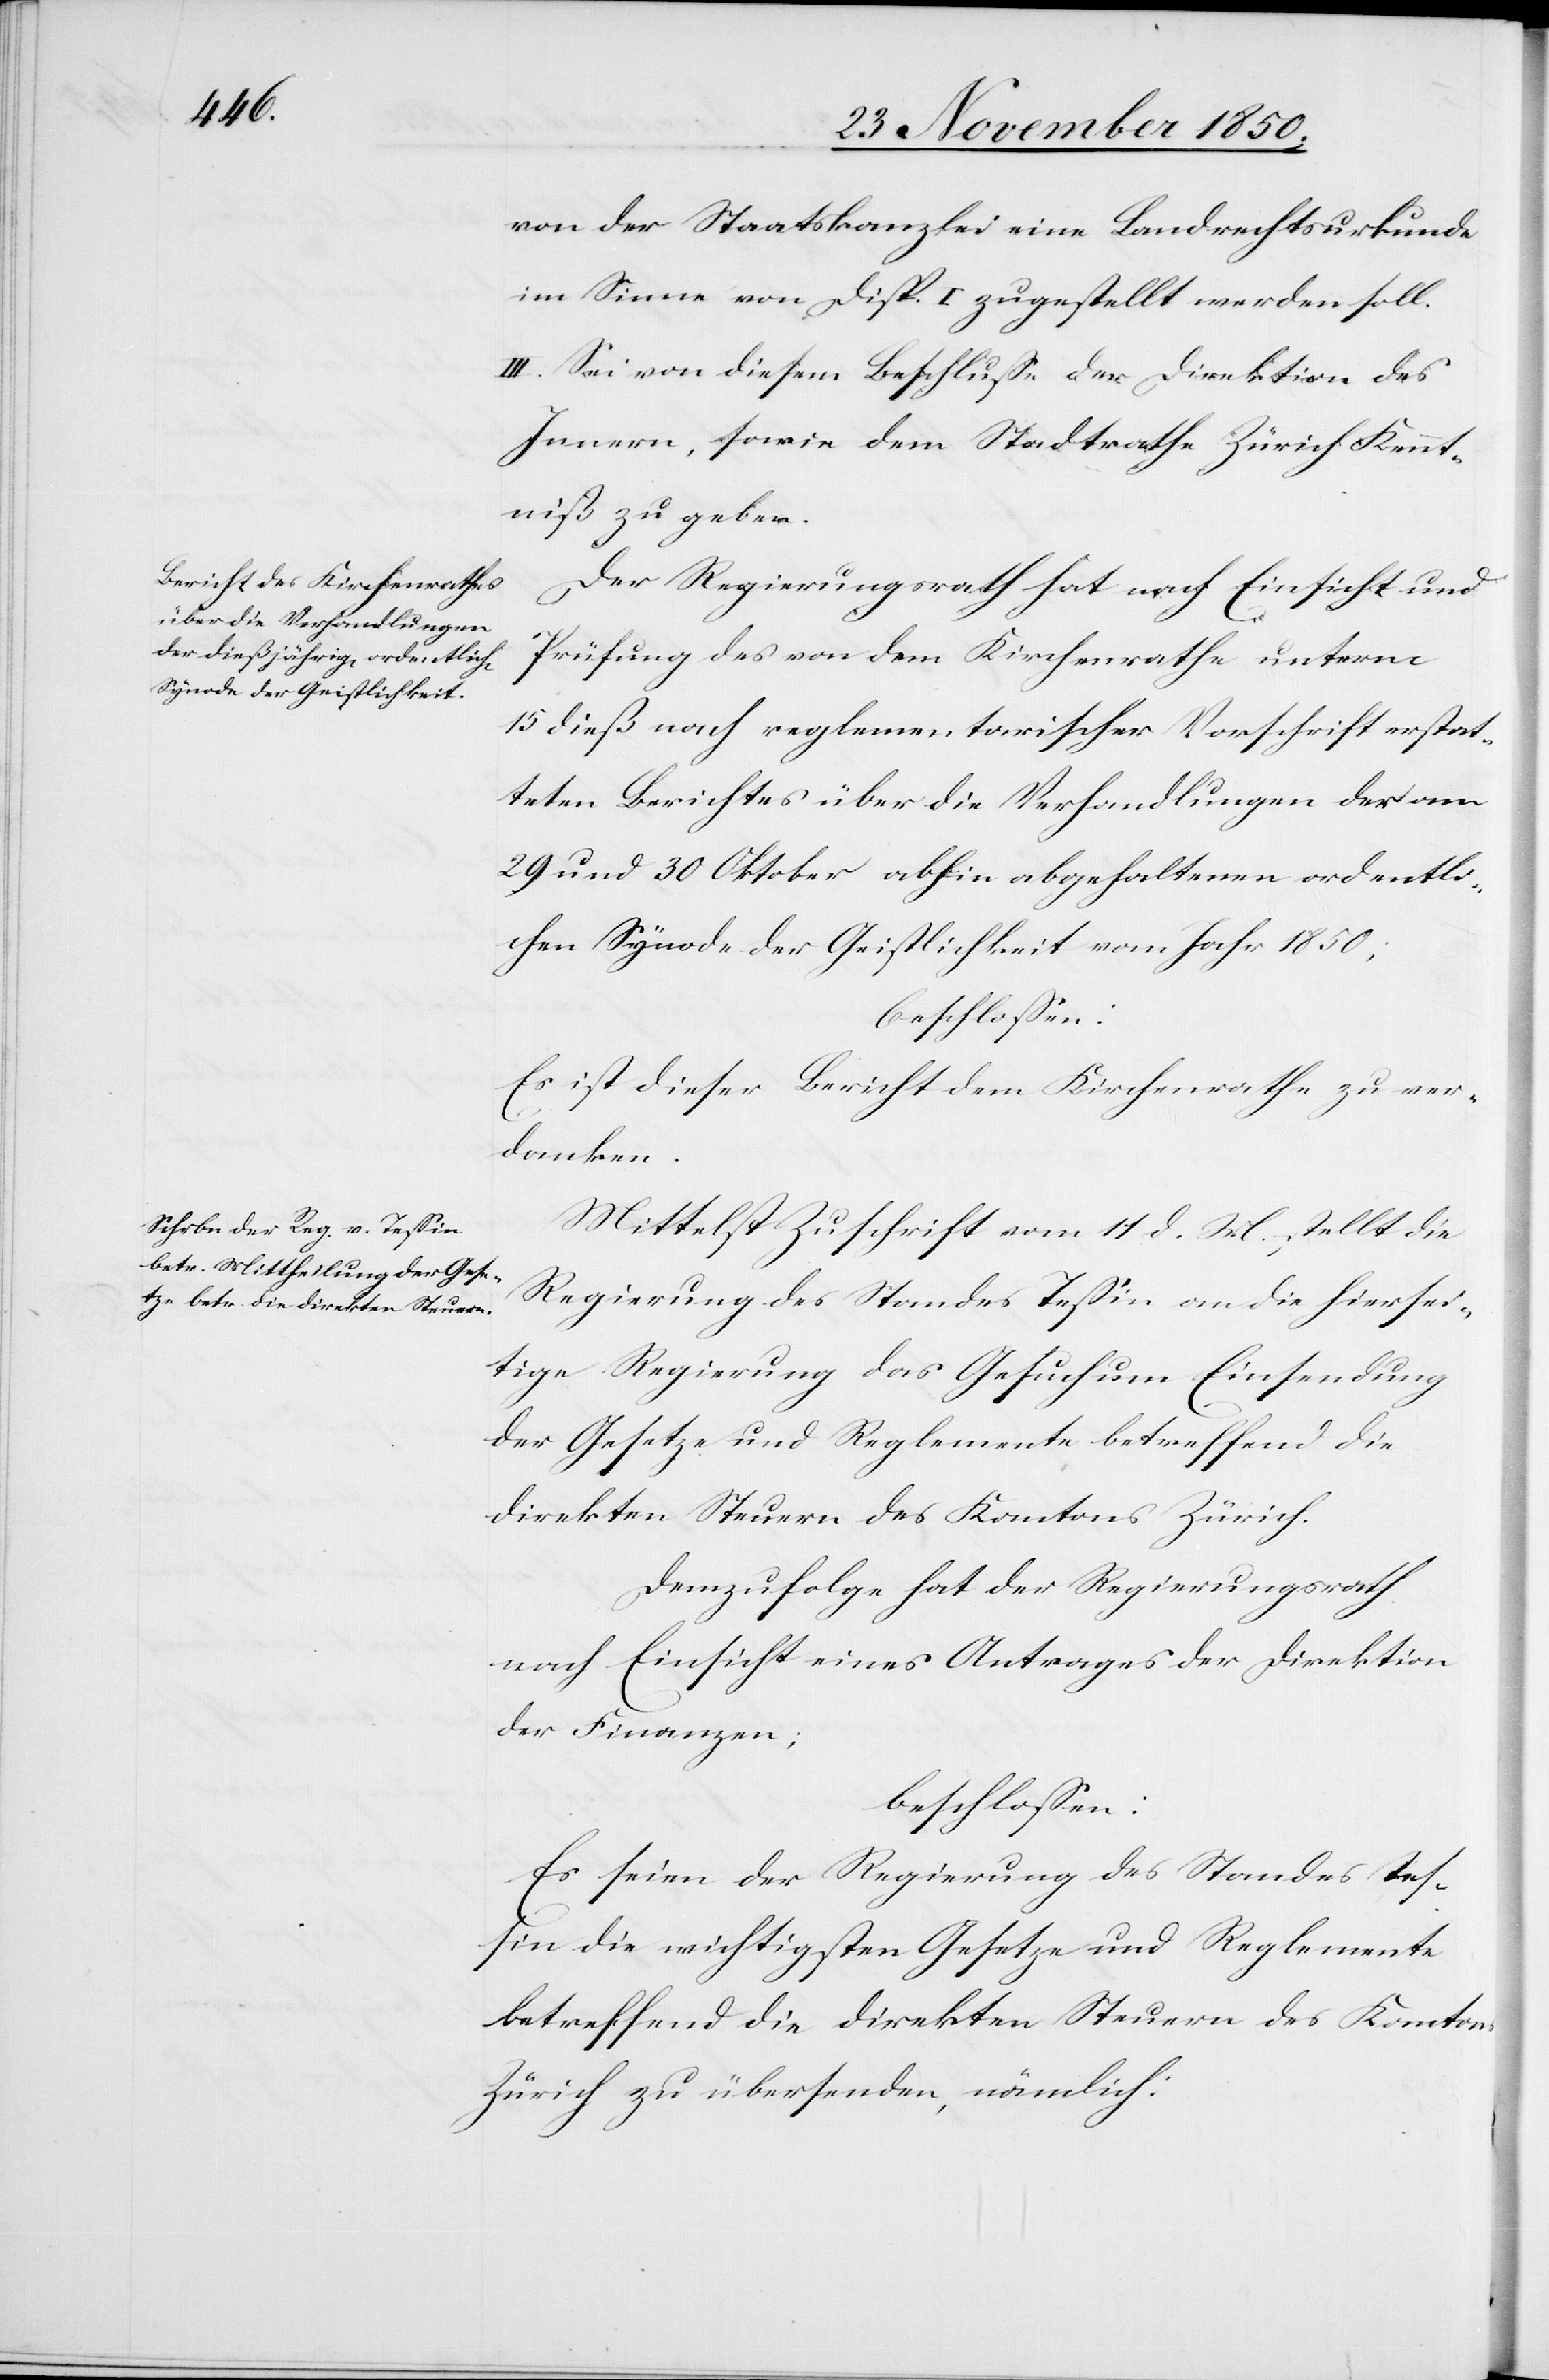
von der Staatskanzlei eine Landrechtsurkunde
im Sinne von Disp. I zugestellt werden soll.
III. Sei von diesem Beschlusse der Direktion des
Innern, sowie dem Stadtrathe Zürich Kennt¬
niß zu geben.
Der Regierungsrath hat nach Einsicht und
Prüfung des von dem Kirchenrathe unterm
15 dieß nach reglementarischer Vorschrift erstat¬
teten Berichtes über die Verhandlungen der am
29 und 30 Oktober abhin abgehaltenen ordentli¬
chen Synode der Geistlichkeit vom Jahr 1850;
beschlossen:
Es ist dieser Bericht dem Kirchenrathe zu ver¬
danken.
Mittelst Zuschrift vom 11 d. M. stellt die
Regierung des Standes Tessin an die hiersei¬
tige Regierung das Gesuch um Einsendung
der Gesetze und Reglemente betreffend die
direkten Steuern des Kantons Zürich.
Demzufolge hat der Regierungsrath
nach Einsicht eines Antrages der Direktion
der Finanzen;
beschlossen:
Es seien der Regierung des Standes Tes¬
sin die wichtigsten Gesetze und Reglemente
betreffend die direkten Steuern des Kantons
Zürich zu übersenden, nämlich: